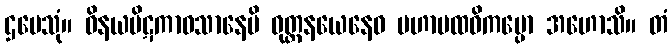
ဌပေသုံ။ ဝိနယပိဋကာဝသာနေပိ ဝုတ္တနယေနေဝ မဟာပထဝိကမ္ပော အဟောသိ။ တံ